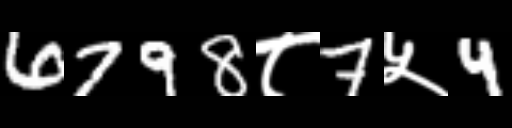
Text: 6798८7५4